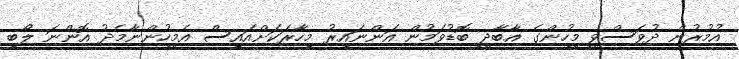
އުމުރުން ދުވަސްވީ މީހުންގެ އާބާދީ ބޮޑުވަމުން އަންނައިރު މިހާރަކަށްއައިސް އެމީހުންނާމެދު އޮންނަ ލޯބި